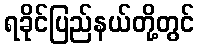
ရခိုင်ပြည်နယ်တို့တွင်